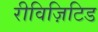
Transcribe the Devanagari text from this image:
रीविज़िटिड